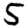
Digit: 5